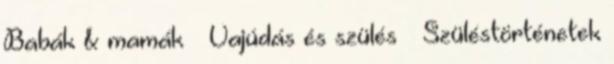
Babák & mamák » Vajúdás és szülés » Szüléstörténetek